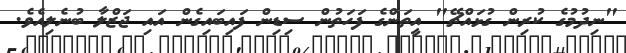
"ނިދުމުގެ ކުރިން ގުޅައްޗޭ" އީތަންގެ ފަހަތުން ސިޑިން ފައިބައިގެން އައި ޖަޒްލާ ބުނެލިއެވެ.